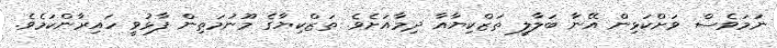
ނަމަވެސް ވަށްކަޅިން އޭނާ ބަލާލީ ތަޒްކިޔާއާ ދިމާއަށެވެ. ތަޒްކިޔާގެ މޫނުމަތިން ފާޅުވީ ހައިރާންކަމެވެ.